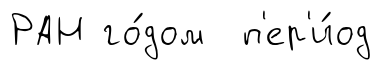
РАН го́дом п'ер'и́од